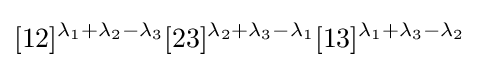
[12]^{\lambda _{1}+\lambda _{2}-\lambda _{3}}[23]^{\lambda _{2}+\lambda _{3}-\lambda _{1}}[13]^{\lambda _{1}+\lambda _{3}-\lambda _{2}}